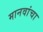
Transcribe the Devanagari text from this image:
मानवांचा